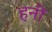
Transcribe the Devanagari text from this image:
हनीं